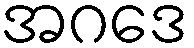
အဂဒေ